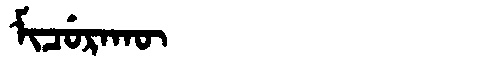
Manchu: ᠮᡳᠴᡠᡵᠠᡴᡡ
Romanization: MICURAKŪ